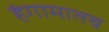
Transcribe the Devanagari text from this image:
हंगामातच